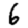
Digit: 6